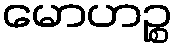
မောဟဉ္စ